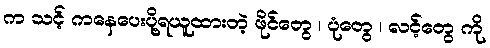
က သင့် ကနေပေးပို့ရယူထားတဲ့ ဖိုင်တွေ ၊ ပုံတွေ ၊ လင့်တွေ ကို